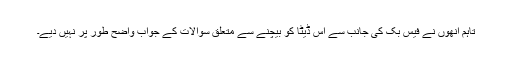
تاہم انھوں نے فیس بک کی جانب سے اس ڈیٹا کو بیچنے سے متعلق سوالات کے جواب واضح طور پر نہیں دیے۔